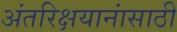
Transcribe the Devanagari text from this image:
अंतरिक्षयानांसाठी